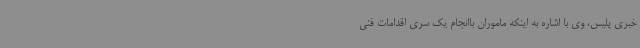
خبری پلیس، وی با اشاره به اینکه ماموران باانجام یک سری اقدامات فنی